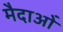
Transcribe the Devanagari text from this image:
मैदाओं